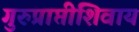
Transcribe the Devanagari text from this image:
गुरुप्राप्तीशिवाय